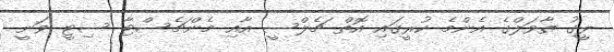
ލީގު ތާވަލްގެ އެންމެ ކުރީގައި އޮތް ޗެލްސީ އާއި މެންޗެސްޓާ ސިޓީ ވަނީ